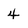
Character: 4